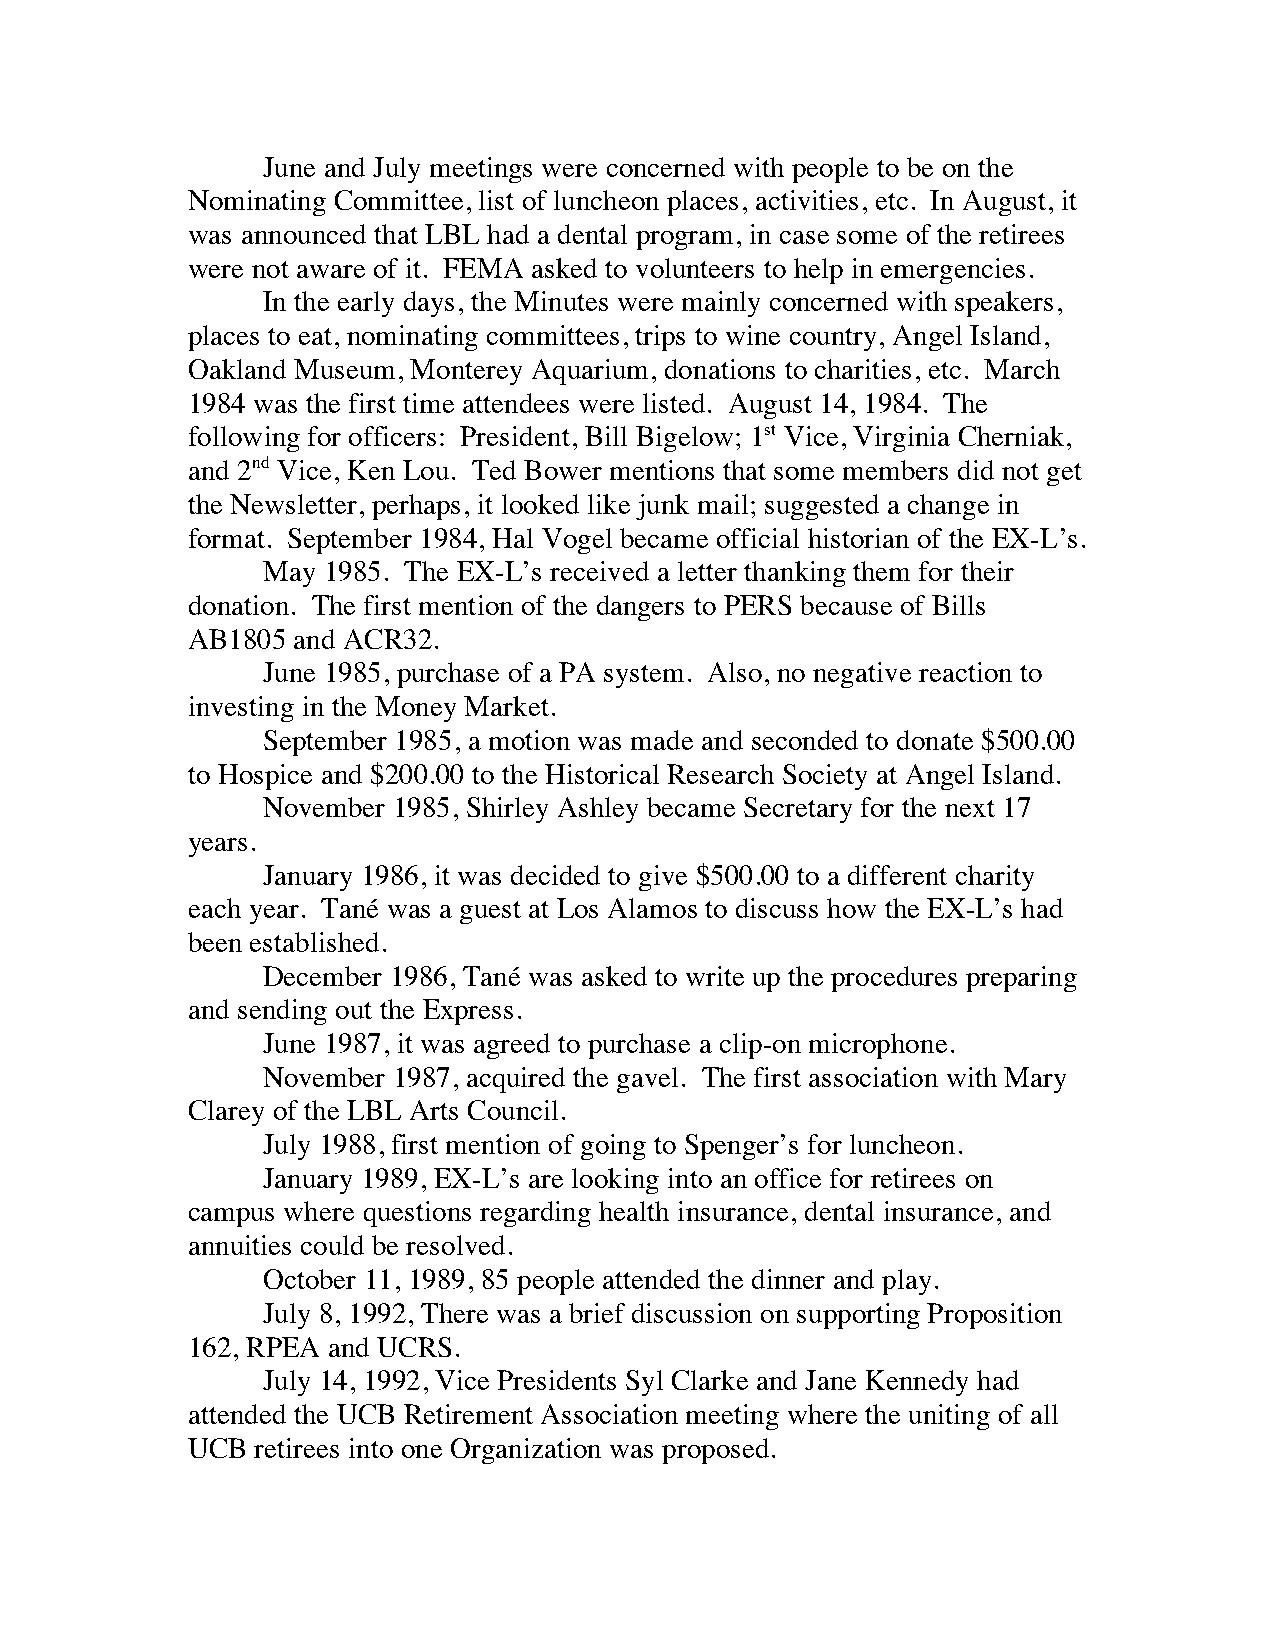
June and July meetings were concerned with people to be on the
 Nominating Committee, list of luncheon places, activities, etc. In August, it
 was announced that LBL had a dental program, in case some of the retirees
 were not aware of it. FEMA asked to volunteers to help in emergencies.
 In the early days, the Minutes were mainly concerned with speakers,
 places to eat, nominating committees, trips to wine country, Angel Island,
 Oakland Museum, Monterey Aquarium, donations to charities, etc. March
 1984 was the first time attendees were listed. August 14, 1984. The
 following for officers: President, Bill Bigelow; 1st Vice, Virginia Cherniak,
 and 2nd Vice, Ken Lou. Ted Bower mentions that some members did not get
 the Newsletter, perhaps, it looked like junk mail; suggested a change in
 format. September 1984, Hal Vogel became official historian of the EX-L’s.
 May 1985. The EX-L’s received a letter thanking them for their
 donation. The first mention of the dangers to PERS because of Bills
 AB1805 and ACR32.
 June 1985, purchase of a PA system. Also, no negative reaction to
 investing in the Money Market.
 September 1985, a motion was made and seconded to donate $500.00
 to Hospice and $200.00 to the Historical Research Society at Angel Island.
 November 1985, Shirley Ashley became Secretary for the next 17
 years.
 January 1986, it was decided to give $500.00 to a different charity
 each year. Tané was a guest at Los Alamos to discuss how the EX-L’s had
 been established.
 December 1986, Tané was asked to write up the procedures preparing
 and sending out the Express.
 June 1987, it was agreed to purchase a clip-on microphone.
 November 1987, acquired the gavel. The first association with Mary
 Clarey of the LBL Arts Council.
 July 1988, first mention of going to Spenger’s for luncheon.
 January 1989, EX-L’s are looking into an office for retirees on
 campus where questions regarding health insurance, dental insurance, and
 annuities could be resolved.
 October 11, 1989, 85 people attended the dinner and play.
 July 8, 1992, There was a brief discussion on supporting Proposition
 162, RPEA and UCRS.
 July 14, 1992, Vice Presidents Syl Clarke and Jane Kennedy had
 attended the UCB Retirement Association meeting where the uniting of all
 UCB  retirees into one Organization was proposed.